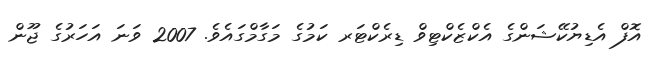
އޮފް އެޑިޔުކޭޝަންގެ އެކްޒެކްޓިވް ޑިރެކްޓަރ ކަމުގެ މަގާމްގައެވެ. 2007 ވަނަ އަހަރުގެ ޖޫން